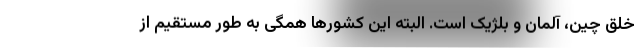
خلق چین، آلمان و بلژیک است. البته این کشورها همگی به طور مستقیم از